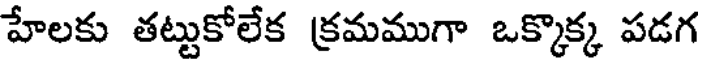
హేలకు తట్టుకోలేక క్రమముగా ఒక్కొక్క పడగ